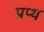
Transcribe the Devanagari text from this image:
प्रप्थ